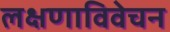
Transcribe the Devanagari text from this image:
लक्षणाविवेचन